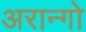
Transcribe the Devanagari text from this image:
अरान्गो